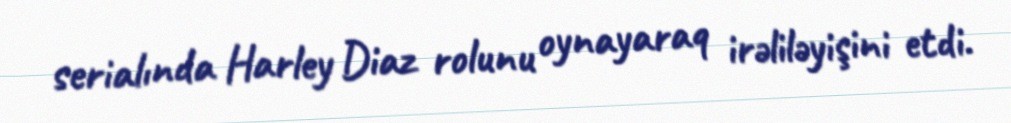
serialında Harley Diaz rolunu oynayaraq irəliləyişini etdi.